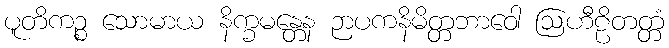
ပူတိကဉ္စ သောမာယ နိက္ခမန္တေန ဉာပကနိမိတ္တဘာဝေါ ဩဟီဠိတတ္တံ